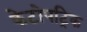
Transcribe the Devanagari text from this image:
केटोपट्रिक